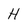
Character: H